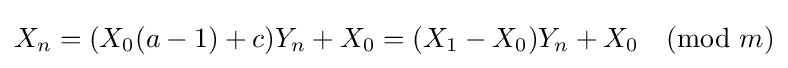
X_{n}=(X_{0}(a-1)+c)Y_{n}+X_{0}=(X_{1}-X_{0})Y_{n}+X_{0}{\pmod {m}}